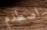
اصطدم